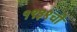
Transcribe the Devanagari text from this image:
१९३९ची